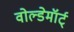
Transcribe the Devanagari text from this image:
वोल्डेमॉर्ट्